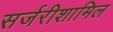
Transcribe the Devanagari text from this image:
सर्जरीशामिल